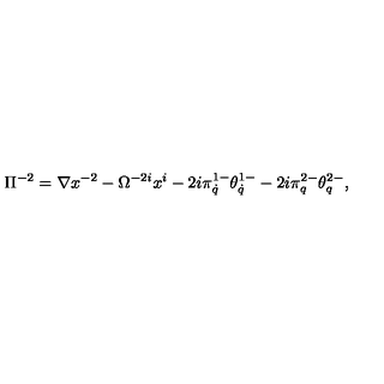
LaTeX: \Pi ^ { - 2 } = \nabla x ^ { - 2 } - \Omega ^ { - 2 i } x ^ { i } - 2 i \pi _ { \dot { q } } ^ { 1 - } \theta _ { \dot { q } } ^ { 1 - } - 2 i \pi _ { q } ^ { 2 - } \theta _ { q } ^ { 2 - } ,